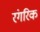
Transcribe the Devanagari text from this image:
रंगरिक